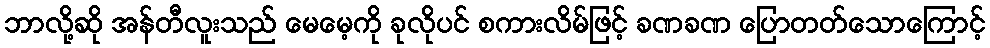
ဘာလို့ဆို အန်တီလူးသည် မေမေ့ကို ခုလိုပင် စကားလိမ်ဖြင့် ခဏခဏ ပြောတတ်သောကြောင့်